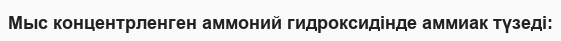
Мыс концентрленген аммоний гидроксидінде аммиак түзеді: